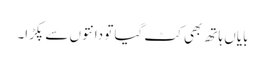
بایاں ہاتھ بھی کٹ گیا تو دانتوں سے پکڑا۔